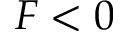
F < 0